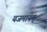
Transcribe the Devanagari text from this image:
यजमानम्‌